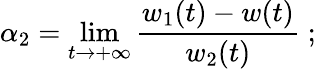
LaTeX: \alpha_{2}=\operatorname*{lim}_{t\to+\infty}{\frac{w_{1}(t)-w(t)}{w_{2}(t)}}\; ;